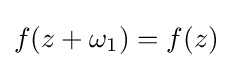
f(z+\omega _{1})=f(z)